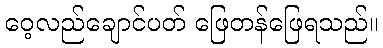
ဝေ့လည်ချောင်ပတ် ဖြေတန်ဖြေရသည်။